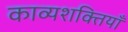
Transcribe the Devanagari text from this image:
काव्यशक्तियाँ